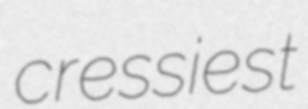
cressiest